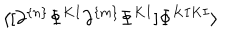
\langle [ \partial ^ { \{ n \} } \Phi ^ { K I } \partial ^ { \{ m \} } \Phi ^ { K I } ] \Phi ^ { K I K I } \rangle